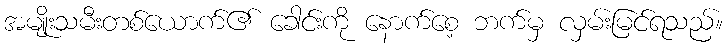
အမျိုးသမီးတစ်ယောက်၏ ခေါင်းကို နောက်စေ့ ဘက်မှ လှမ်းမြင်ရသည်။